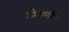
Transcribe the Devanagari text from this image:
घेवाणीचे